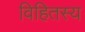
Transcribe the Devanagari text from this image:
विहितस्य